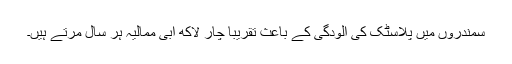
سمندروں میں پلاسٹک کی آلودگی کے باعث تقریباً چار لاکھ آبی ممالیہ ہر سال مرتے ہیں۔